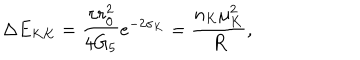
LaTeX: \Delta E _ { K K } = \frac { \pi r _ { 0 } ^ { 2 } } { 4 G _ { 5 } } e ^ { - 2 \sigma _ { K } } = \frac { n _ { K } \mu _ { K } ^ { 2 } } { R } ,